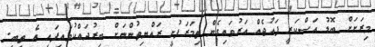
މިރަށަށް ބޮޑު އަސްކަރީ ފައުޖެއް އަރުވައިގެން ތިމަރަފުށީ ރައްޔިތުންނަށް ބިރުދައްކުވައިފައި އެ ތިބީ.